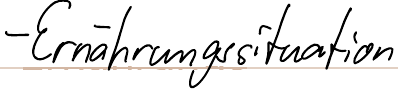
- Ernährungssituation